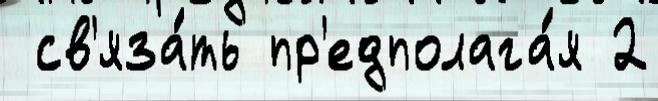
 св'яза́ть пр'едполага́я 2